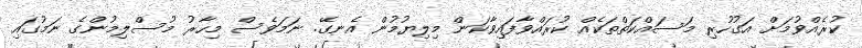
ކުރެއްވުމަށް އަގުހުރި މަސައްކަތްތަކެއް ކުރައްވާފައިވާކަން މިލިޔުމުން އެނގޭ. ނަމަވެސް މިހާރު މުސްލިމުންގެ ނަމުގައި